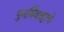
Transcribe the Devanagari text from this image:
पुनर्विवाहाचे